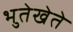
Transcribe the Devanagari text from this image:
भुतेखेते